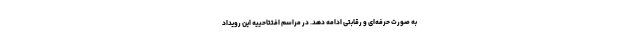
به صورت حرفه‌ای و رقابتی ادامه دهد. در مراسم افتتاحییه این رویداد